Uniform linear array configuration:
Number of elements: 12
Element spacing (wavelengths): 0.5
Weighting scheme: binomial
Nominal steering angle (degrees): -30
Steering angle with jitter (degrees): -31.046
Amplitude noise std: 0.05
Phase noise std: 0.05

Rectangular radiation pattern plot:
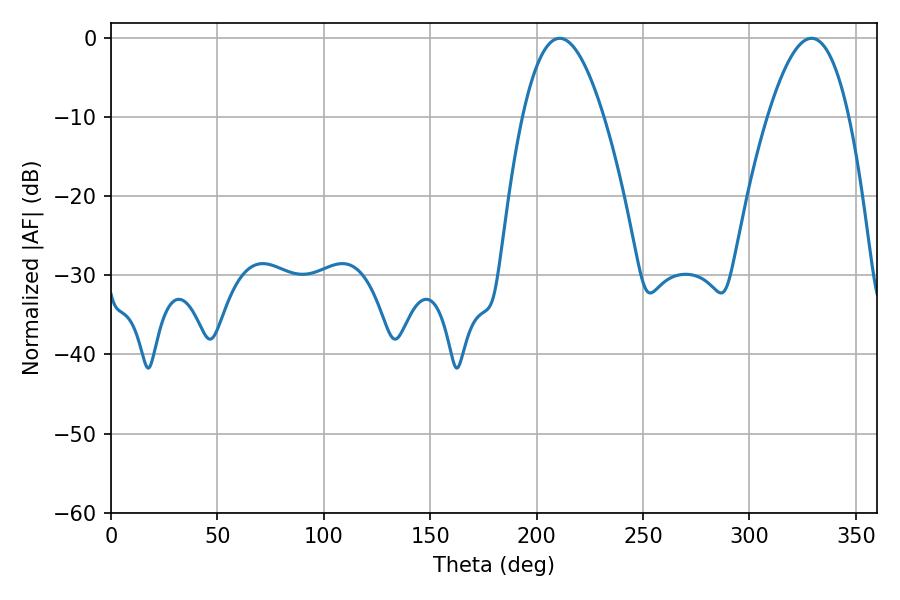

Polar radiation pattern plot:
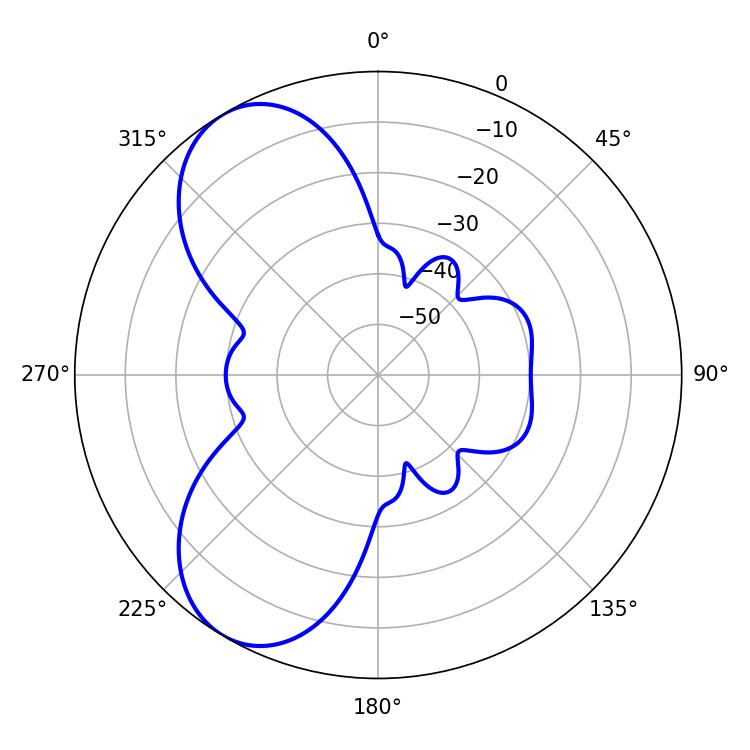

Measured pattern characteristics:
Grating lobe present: FALSE
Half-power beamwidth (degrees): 20.88
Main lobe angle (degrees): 210.78